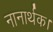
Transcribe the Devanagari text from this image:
नानार्थक।